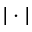
| \cdot |